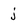
Character: j